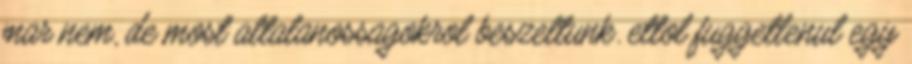
mar nem, de most altalanossagokrol beszeltunk. ettol fuggetlenul egy